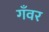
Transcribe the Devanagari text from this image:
गँवर